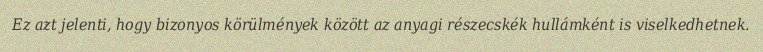
Ez azt jelenti, hogy bizonyos körülmények között az anyagi részecskék hullámként is viselkedhetnek.